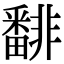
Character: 𩇾